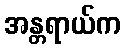
အန္တရာယ်က